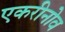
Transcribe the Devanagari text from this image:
एकरीनोव